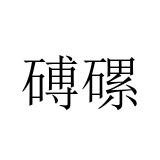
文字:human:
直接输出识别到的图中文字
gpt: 磗磥